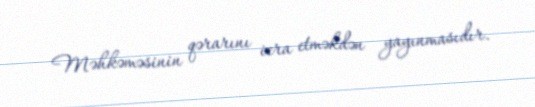
Məhkəməsinin qərarını icra etməkdən yayınmasıdır.